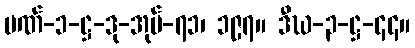
ပဏ်-၁-ဋ္ဌ-ဒု-အုပ်-၇၁၊ ၁၉၇။ ဒီဃ-၃-ဋ္ဌ-၄၄။